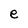
Character: e